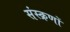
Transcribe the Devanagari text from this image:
संस्क्रणों